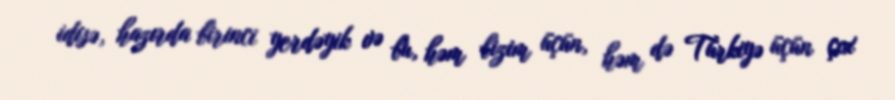
idisə, hazırda birinci yerdəyik və bu, həm bizim üçün, həm də Türkiyə üçün çox